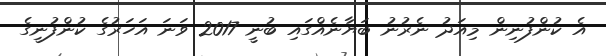
އެ ކުންފުނިން މިއަދު ނެރުނު ބަޔާނެއްގައި ބުނީ 2017 ވަނަ އަހަރުގެ ކުންފުނީގެ